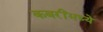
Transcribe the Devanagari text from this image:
कबरींमध्ये